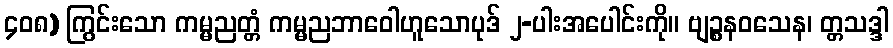
၄၀၈) ကြွင်းသော ကမ္မညတ္တံ ကမ္မညဘာဝေါဟူသောပုဒ် ၂-ပါးအပေါင်းကို။ ဗျဉ္စနဝသေန၊ တ္တသဒ္ဒါ